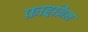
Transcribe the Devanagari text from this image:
फ्राइब्रिन